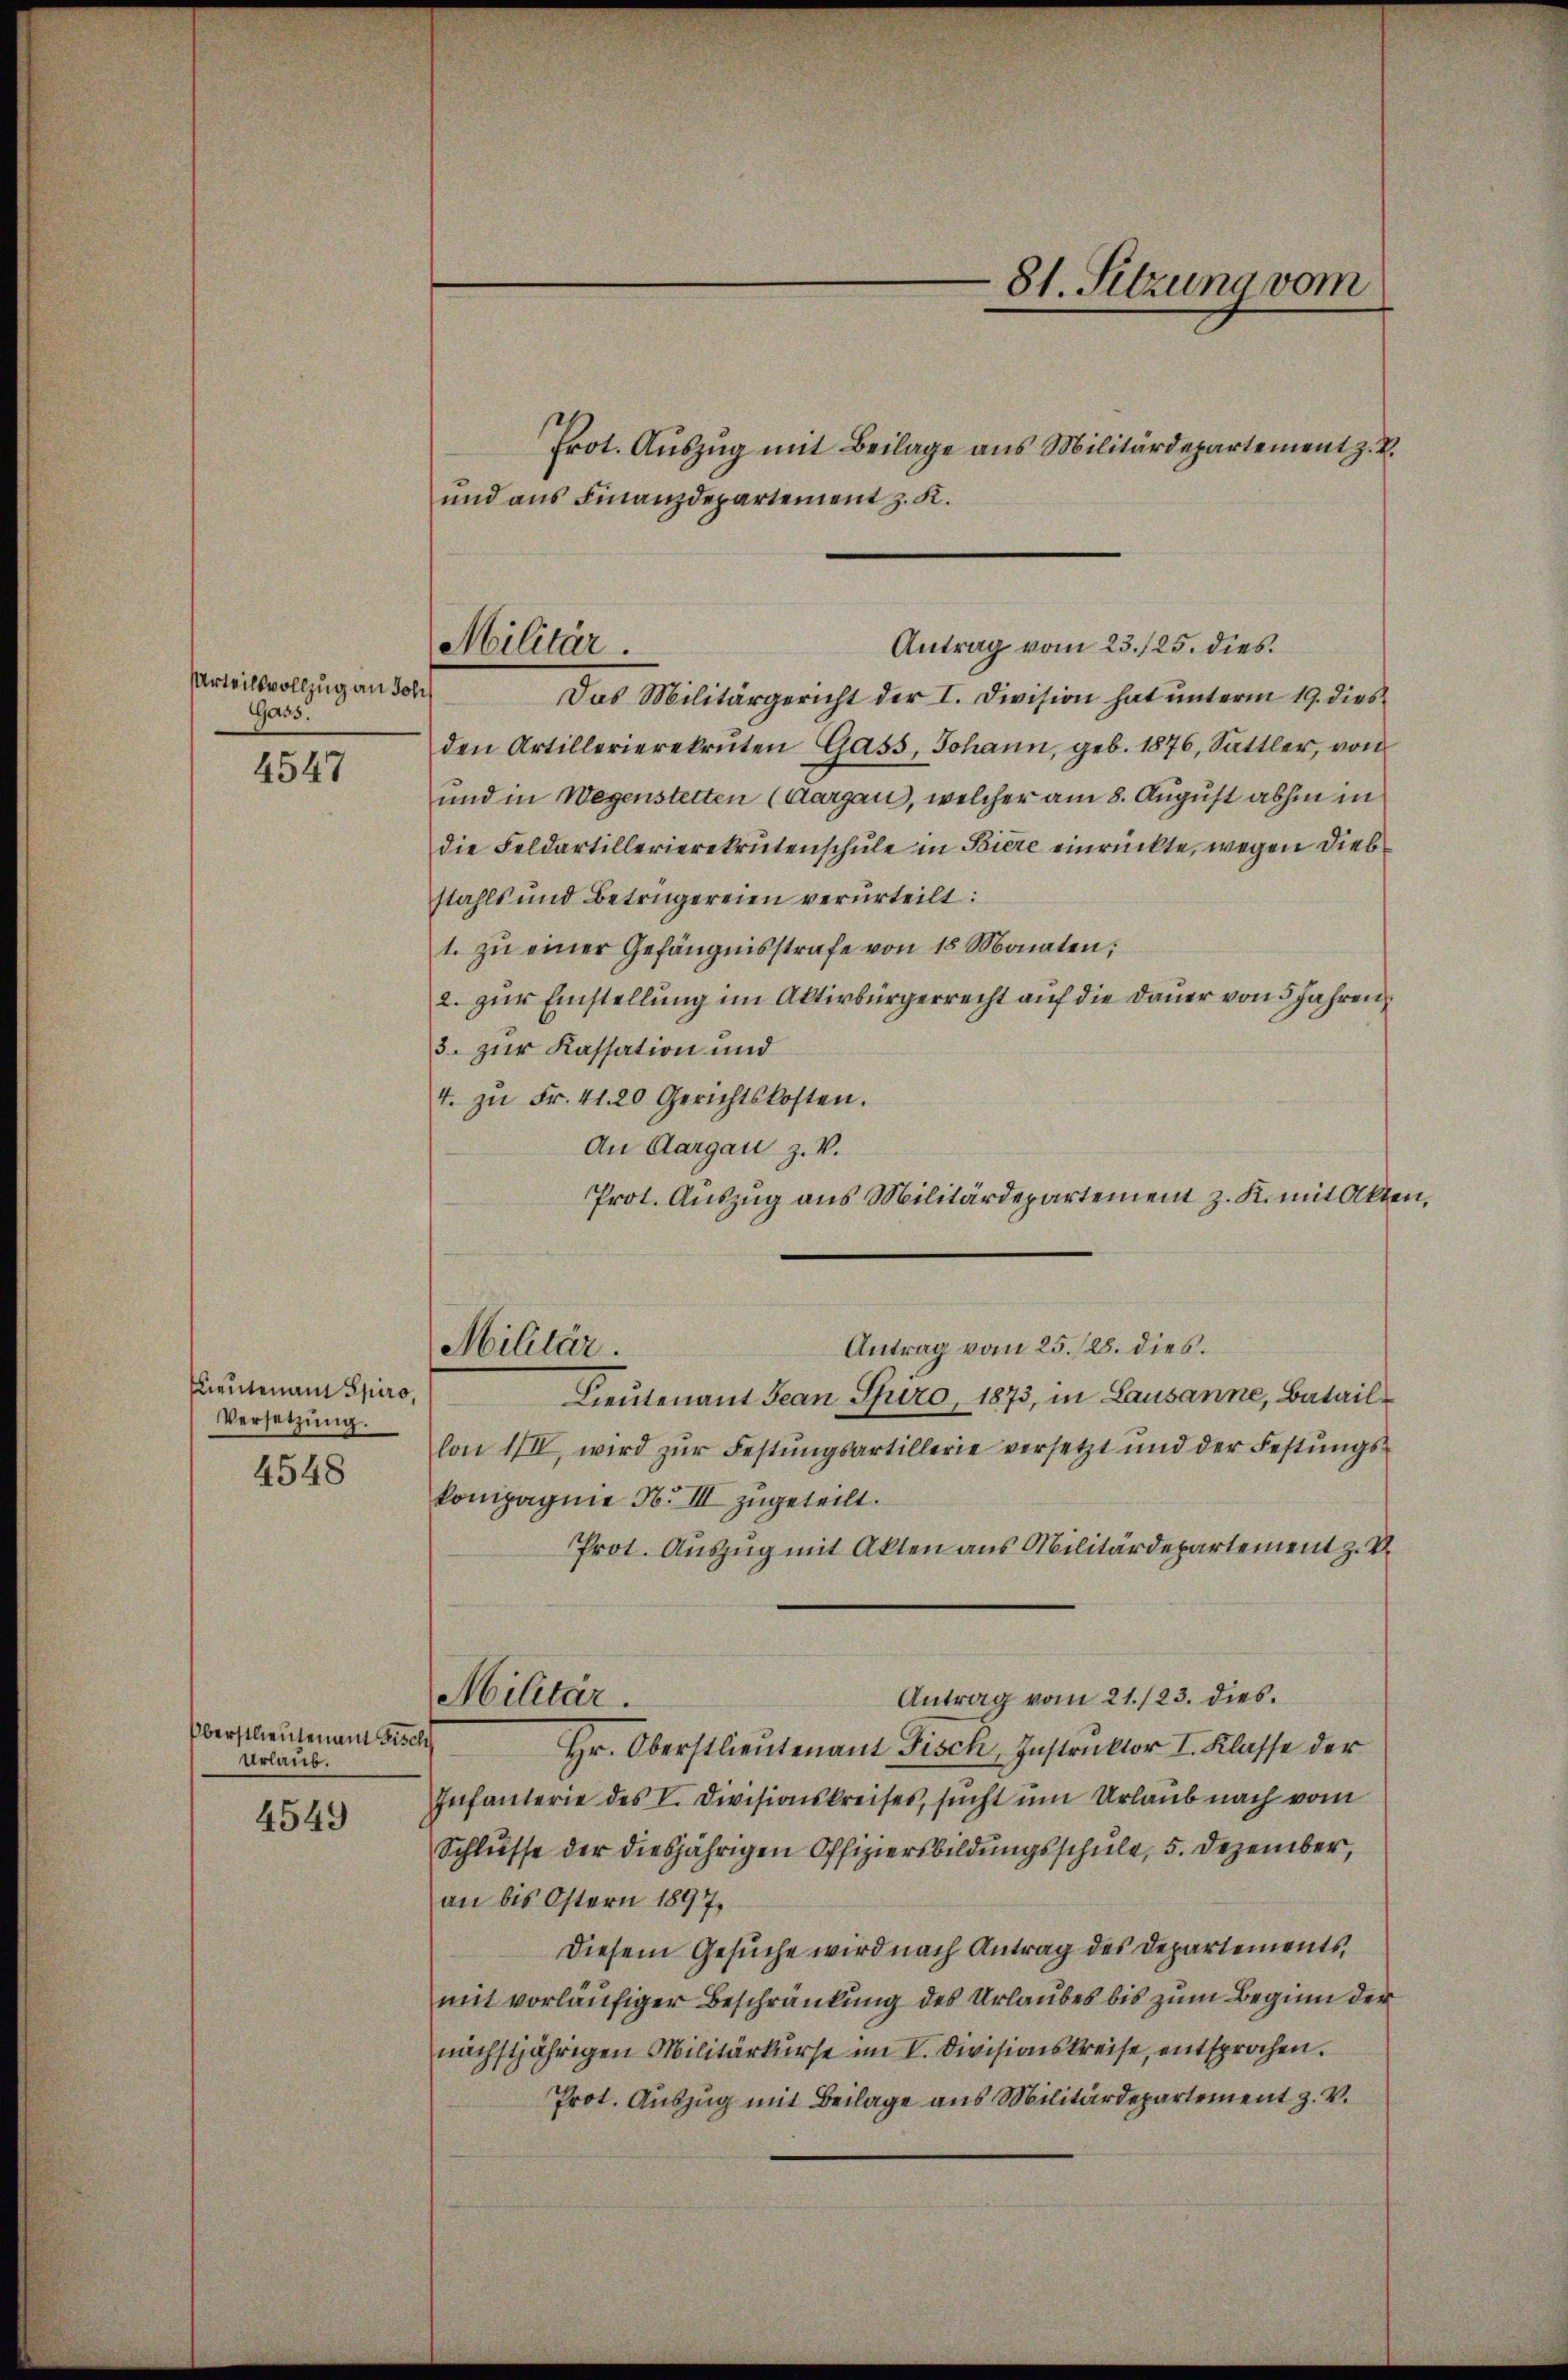
Urteilsvollzug an Joh
Gass.

4547

Lieutenant Spiro,
Versetzung

4548

Oberstlieutenan welch
Urlaub.

4549

den Artillerierekruten Gass, Johann, geb. 1876, Sattler, von
und in Wegenstetten (Aargau, welcher am 8. August abhin in
die Feldartillerierekrutenschule in Biere einrückte, wegen Diebstahls und Betrügereien verurteilt:
1. zŭ einer Gefängnisstrafe von 18 Monaten,
2. zur Einstellung im Aktivbürgerrecht auf die Dauer von 5 Jahren
3. zur Kassation und
4. zŭ Fr. 41. 20 Gerichtskosten.
An Aargau z. V.
Antrag vom 25. 128. dies.
Militär.
Lieutenant Jean Spiro, 1873, in Lausanne, Bataillon III, wird zŭr Festŭngsartillerie versetzt und der Festŭngs-
kompagnie No III zugeteilt.
Prot. Auszug mit Akten aus Militärdepartement z. B.
Antrag vom 21./23. dies
Militär.
Hr. Oberstlieutenant Fisch, Instruktor I. Klasse der
Infanterie des V. Divisionskreises, sucht um Urlaub nach vom
Schlŭsse der diesjährigen Offiziersbildŭngsschule, 5. Dezember,
an bis Ostern 1897,
Diesem Gesuche wird nach Antrag des Departements
mit vorläufiger Beschränkung des Urlaubes bis zum Beginn der
nächstjährigen Militärkurse im V. Divisionskreise, entsprochen.
Prot. Auszug mit Beilage aus Militärdepartement z. v.

Antrag vom 23./25. dies
Militär.
Das Militärgericht der I. Division hat unterm 19. dies

Prot. Auszug mit Beilage aus Militärdepartement z. B.
und aus Finanzdepartement z. K.

81. Sitzung vom

Prot. Auszug aus Militärdepartement z. K. mit Akten,